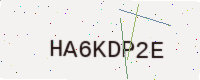
Text: HA6KDP2E